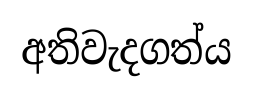
අතිවැදගත්ය